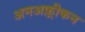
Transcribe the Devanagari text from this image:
अनअफ़्रीकन